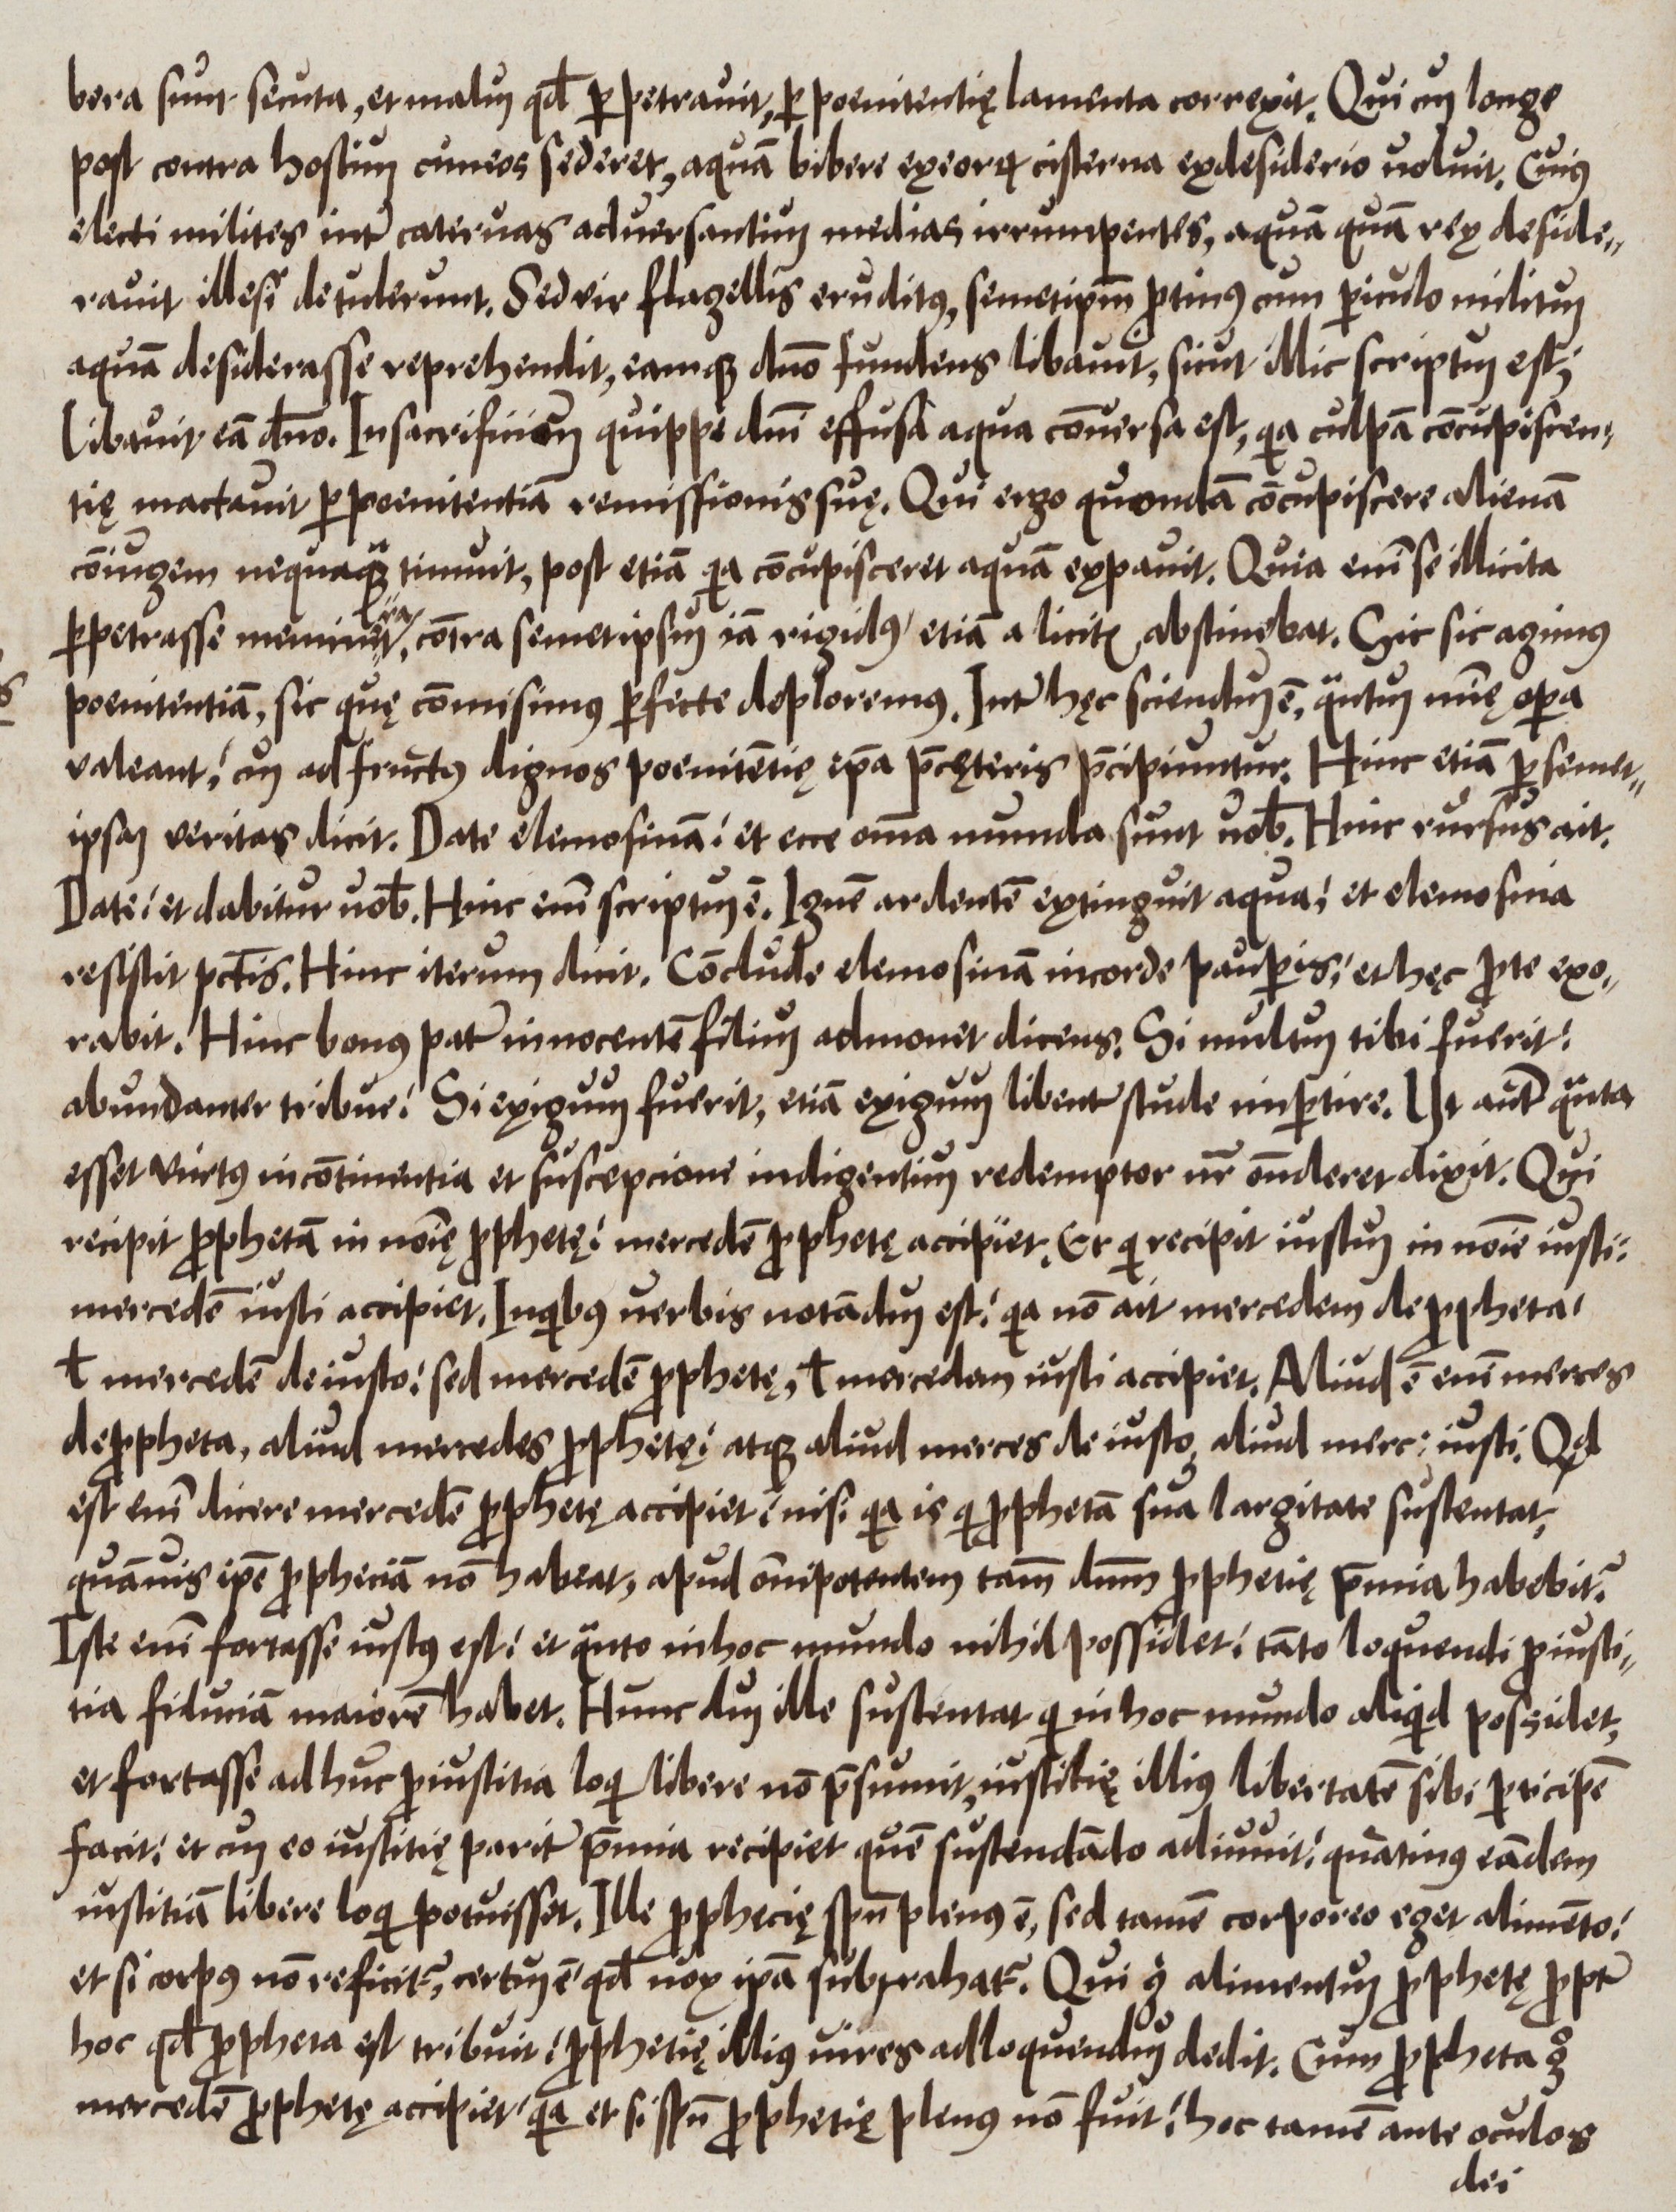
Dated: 1550–1599